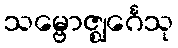
သမ္ဗောဇ္ဈင်္ဂေသု